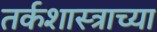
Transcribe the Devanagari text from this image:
तर्कशास्त्राच्या